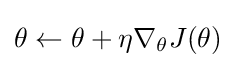
\theta \leftarrow \theta +\eta \nabla _{\theta }J(\theta )